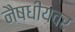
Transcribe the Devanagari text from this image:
नैषधीयवर